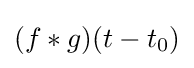
(f*g)(t-t_{0})